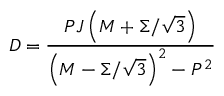
D = { \frac { P J \left( M + \Sigma / \sqrt { 3 } \right) } { \left( M - \Sigma / \sqrt { 3 } \right) ^ { 2 } - P ^ { 2 } } }